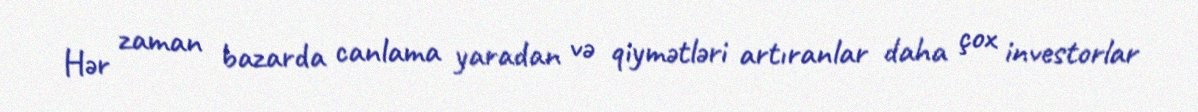
Hər zaman bazarda canlama yaradan və qiymətləri artıranlar daha çox investorlar